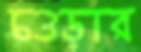
চওড়ার